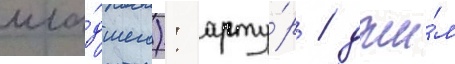
мла́дшего): арту́р / джи́м